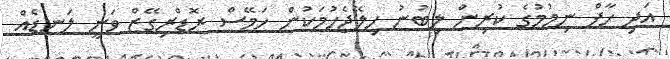
އަދި ހާފް ނިމުމުގެ ކުރިން ލިބުނު ހިލޭޖެހުމަކުން ހަމޭސް ރޮޑްރިގޭޒް ވަނީ ލަނޑެއް